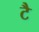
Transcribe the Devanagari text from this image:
टै